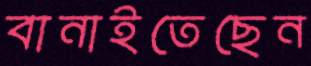
বানাইতেছেন